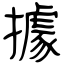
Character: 據